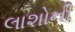
લાશોની